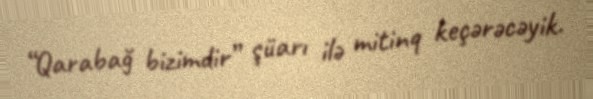
“Qarabağ bizimdir” şüarı ilə mitinq keçərəcəyik.